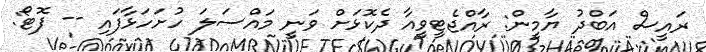
ރައީސް އަބްދު ޔާމީން: ރާއްޖެޓީވީއާ ދެކޮޅަށް ވަނީ މައްސަލަ ހުށަހަޅާފައި -- ފޮޓޯ: